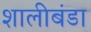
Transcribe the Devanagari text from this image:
शालीबंडा